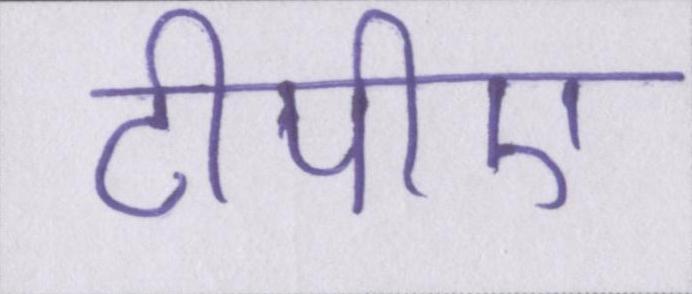
टीपीए